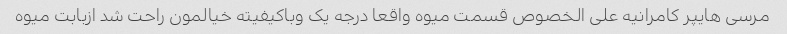
مرسی هایپر کامرانیه علی الخصوص قسمت میوه واقعا درجه یک وباکیفیته خیالمون راحت شد ازبابت میوه